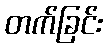
တက်ခြင်း